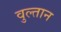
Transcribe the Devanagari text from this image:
वुल्तान